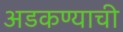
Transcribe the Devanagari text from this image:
अडकण्याची